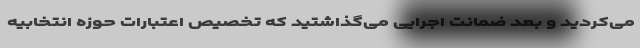
می‌کردید و بعد ضمانت اجرایی می‌گذاشتید که تخصیص اعتبارات حوزه انتخابیه